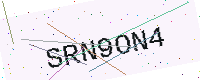
Text: SRN9ON4